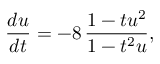
\frac { d u } { d t } = - 8 \, \frac { 1 - t u ^ { 2 } } { 1 - t ^ { 2 } u } ,